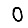
Digit: 0